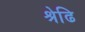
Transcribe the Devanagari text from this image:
श्रेढि